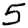
Digit: 5